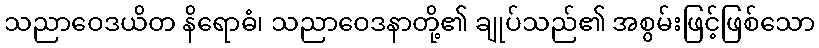
သညာဝေဒယိတ နိရောဓံ၊ သညာဝေဒနာတို့၏ ချုပ်သည်၏ အစွမ်းဖြင့်ဖြစ်သော